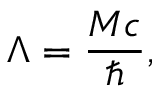
\Lambda = \frac { M c } { \hbar } ,